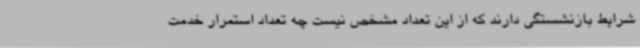
شرایط بازنشستگی دارند که از این تعداد مشخص نیست چه تعداد استمرار خدمت